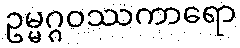
ဥမ္မဂ္ဂဝဿကာရော